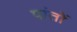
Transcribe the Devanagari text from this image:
पांतों